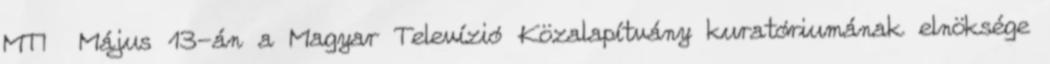
MTI Május 13-án a Magyar Televízió Közalapítvány kuratóriumának elnöksége